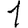
Digit: 1